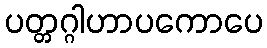
ပတ္တဂ္ဂါဟာပကောပေ